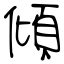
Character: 傾